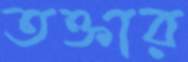
তক্তার